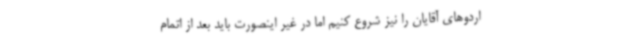
اردوهای آقایان را نیز شروع کنیم اما در غیر اینصورت باید بعد از اتمام